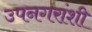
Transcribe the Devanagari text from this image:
उपनगरांशी